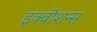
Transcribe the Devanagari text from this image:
इक्‍वीशन्‍स